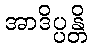
အာဒိပ္ပန္တိ